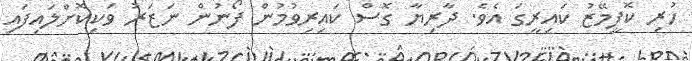
ހުރި ކޮފީމޭޒު ކައިރީގަ އެވެ. ދާރިޔާ ގޮސް ކައިރިވުމުން ފޯނުން ނަޒަރު ވަކިކޮށްލައިފައި